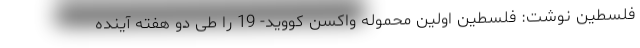
فلسطین نوشت: فلسطین اولین محموله واکسن کووید- 19 را طی دو هفته آینده